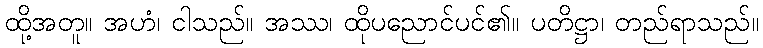
ထို့အတူ။ အဟံ၊ ငါသည်။ အဿ၊ ထိုပညောင်ပင်၏။ ပတိဋ္ဌာ၊ တည်ရာသည်။